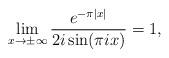
LaTeX: \begin{align*}\lim_{x\rightarrow\pm \infty}\frac{e^{-\pi |x|}}{2 i \sin(\pi i x)}=1,\end{align*}